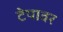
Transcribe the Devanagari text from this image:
टेपावर